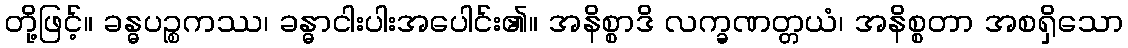
တို့ဖြင့်။ ခန္ဓပဉ္စကဿ၊ ခန္ဓာငါးပါးအပေါင်း၏။ အနိစ္စာဒိ လက္ခဏတ္တယံ၊ အနိစ္စတာ အစရှိသော